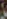
بن